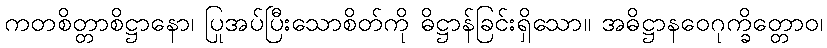
ကတစိတ္တာစိဋ္ဌာနော၊ ပြုအပ်ပြီးသောစိတ်ကို ဓိဋ္ဌာန်ခြင်းရှိသော။ အဓိဋ္ဌာနဝေဂုက္ခိတ္တောဝ၊